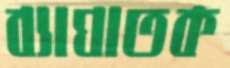
ব্যাঘাতক